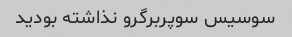
سوسیس سوپربرگرو نذاشته بودید